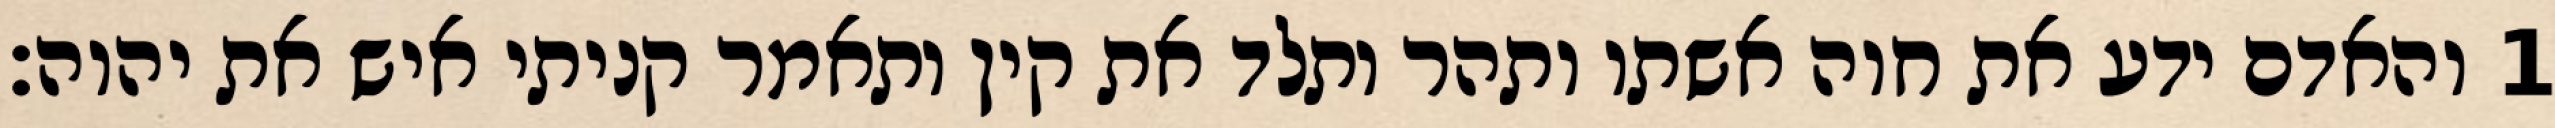
1 והאדם ידע את חוה אשתו ותהר ותלד את קין ותאמר קניתי איש את יהוה׃